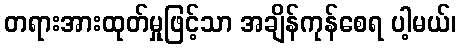
တရားအားထုတ်မှုဖြင့်သာ အချိန်ကုန်စေရ ပါ့မယ်၊